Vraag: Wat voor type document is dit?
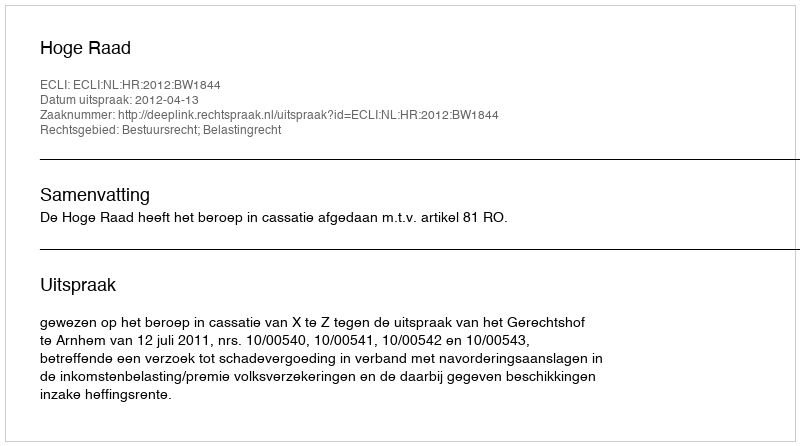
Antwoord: Uitspraak